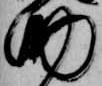
助